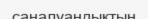
саналуандықтың